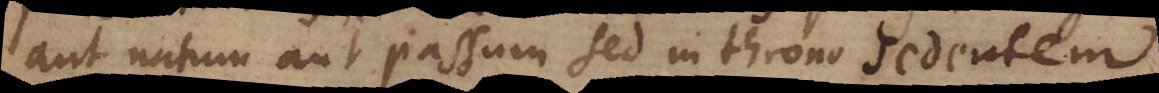
aut natum aut passum sed in throno sedentem